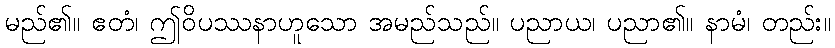
မည်၏။ ဧတံ၊ ဤဝိပဿနာဟူသော အမည်သည်။ ပညာယ၊ ပညာ၏။ နာမံ၊ တည်း။